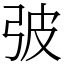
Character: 㢰